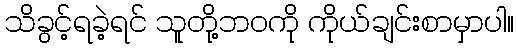
သိခွင့်ရခဲ့ရင် သူတို့ဘဝကို ကိုယ်ချင်းစာမှာပါ။